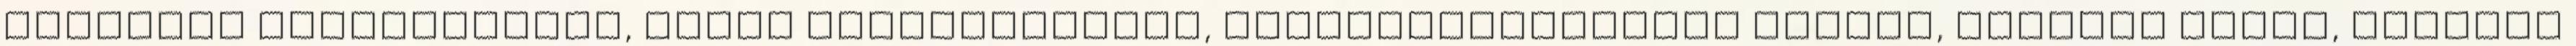
fővárosi önkormányzat, napra összeállított, sepsiszentgyörgyi Tamási, legjobb zenés, legjobb